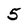
Character: 5